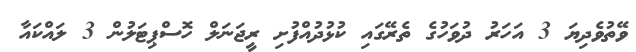
ވޭތުވެދިޔަ 3 އަހަރު ދުވަހުގެ ތެރޭގައި ކުޅުދުއްފުށި ރީޖަނަލް ހޮސްޕިޓަލުން 3 ލައްކައާ